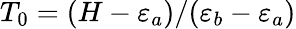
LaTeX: T_{0}=(H-\varepsilon_{a})/(\varepsilon_{b}-\varepsilon_{a})